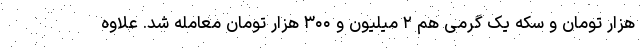
هزار تومان و سکه یک گرمی هم ۲ میلیون و ۳۰۰ هزار تومان معامله شد. علاوه